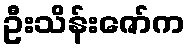
ဦးသိန်းဇော်က